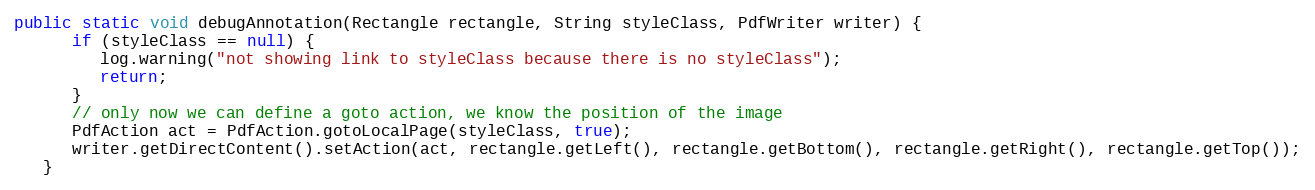
Language: Java
public static void debugAnnotation(Rectangle rectangle, String styleClass, PdfWriter writer) {
      if (styleClass == null) {
         log.warning("not showing link to styleClass because there is no styleClass");
         return;
      }
      // only now we can define a goto action, we know the position of the image
      PdfAction act = PdfAction.gotoLocalPage(styleClass, true);
      writer.getDirectContent().setAction(act, rectangle.getLeft(), rectangle.getBottom(), rectangle.getRight(), rectangle.getTop());
   }